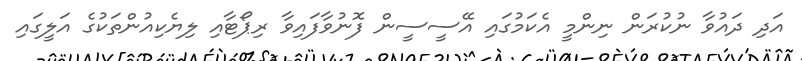
އަދި ދައުވާ ނުކުރަން ނިންމީ އެކަމުގައި އޭސީސީން ފޮނުވާފައިވާ ރިޕޯޓާއި ލިޔެކިއުންތަކުގެ އަލީގައި